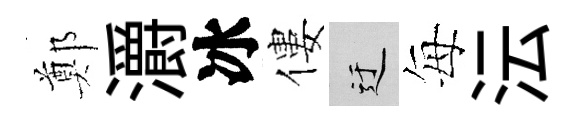
鄭灂冰僂迂每沄